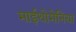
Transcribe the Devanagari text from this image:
माईथोमेनिया